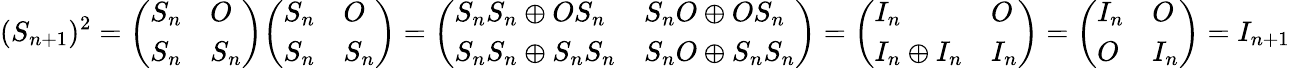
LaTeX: (S_{n+1})^{2}={\left(\begin{array}{ll}{S_{n}}&{O}\\ {S_{n}}&{S_{n}}\end{array}\right)}{\left(\begin{array}{ll}{S_{n}}&{O}\\ {S_{n}}&{S_{n}}\end{array}\right)}={\left(\begin{array}{ll}{S_{n}S_{n}\oplus OS_{n}}&{S_{n}O\oplus OS_{n}}\\ {S_{n}S_{n}\oplus S_{n}S_{n}}&{S_{n}O\oplus S_{n}S_{n}}\end{array}\right)}={\left(\begin{array}{ll}{I_{n}}&{O}\\ {I_{n}\oplus I_{n}}&{I_{n}}\end{array}\right)}={\left(\begin{array}{ll}{I_{n}}&{O}\\ {O}&{I_{n}}\end{array}\right)}=I_{n+1}